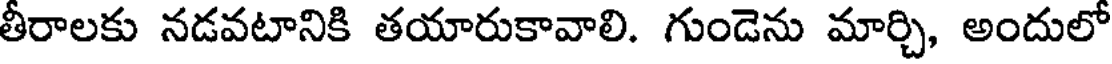
తీరాలకు నడవటానికి తయారుకావాలి. గుండెను మార్చి, అందులో